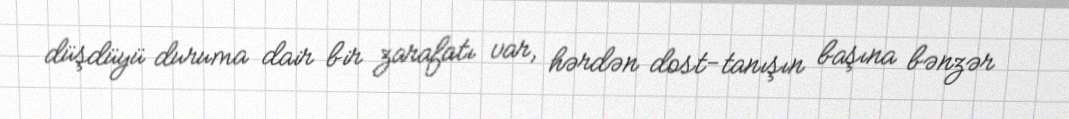
düşdüyü duruma dair bir zarafatı var, hərdən dost-tanışın başına bənzər